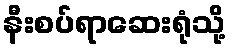
နီးစပ်ရာဆေးရုံသို့